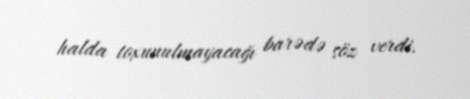
halda toxunulmayacağı barədə söz verdi.